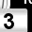
Digit: 3